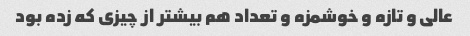
عالی و تازه و خوشمزه و تعداد هم بیشتر از چیزی که زده بود